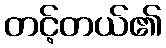
တင့်တယ်၏